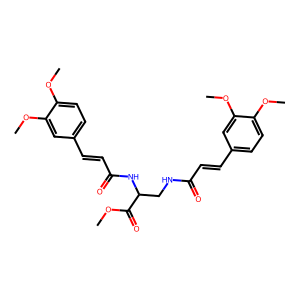
SMILES: COC(=O)C(CNC(=O)C=Cc1ccc(OC)c(OC)c1)NC(=O)C=Cc1ccc(OC)c(OC)c1
Inhibits HIV replication: No